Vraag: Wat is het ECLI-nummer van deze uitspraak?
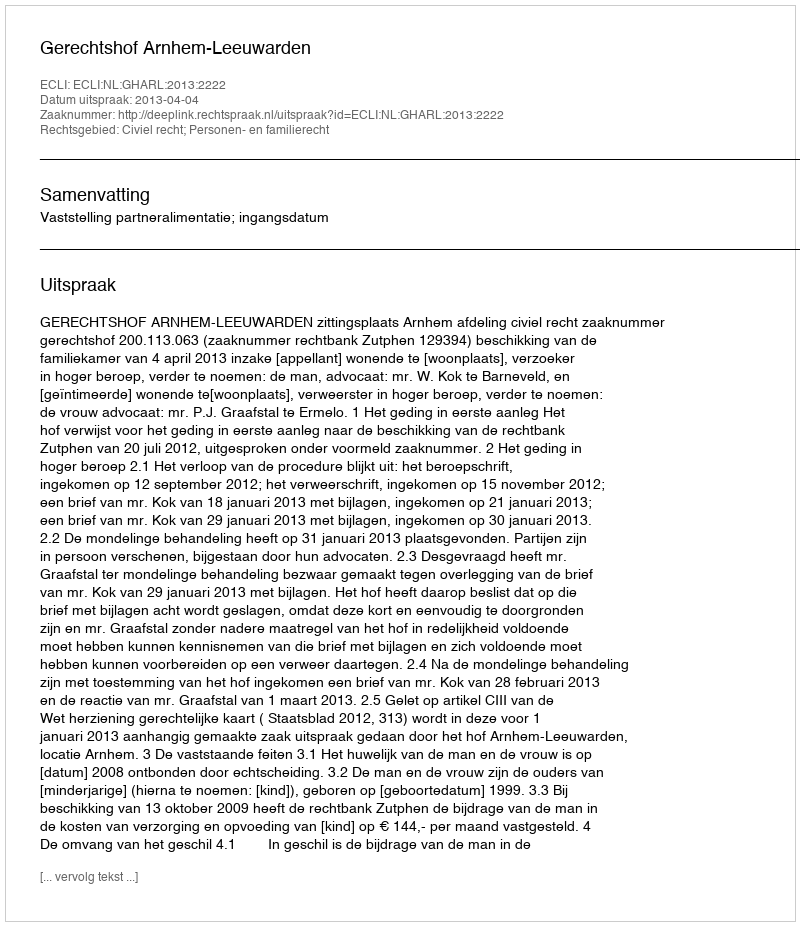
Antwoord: ECLI:NL:GHARL:2013:2222